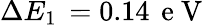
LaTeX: \Delta E_{1}\, =0.14\, \mathrm{~e~V~}